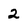
Character: 2